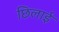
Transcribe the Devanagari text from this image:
छिलाई